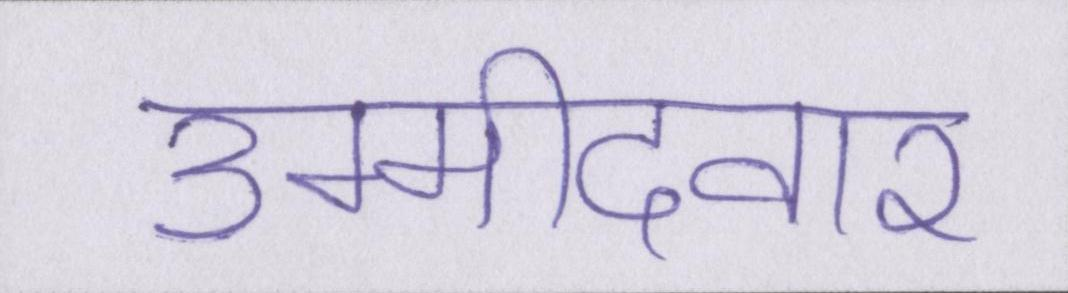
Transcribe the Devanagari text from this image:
उम्मीदवार